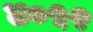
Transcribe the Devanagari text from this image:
४०५२